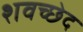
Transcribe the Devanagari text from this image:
शवच्छेद